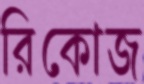
রিকোজ